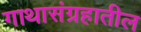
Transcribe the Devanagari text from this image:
गाथासंग्रहातील